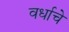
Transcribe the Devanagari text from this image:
वर्धाचे